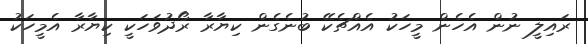
ރައިލީ ނުން އެހެން މީހަކު އެއްޗެކޭ ބުނެގެން ކިޔާރާ ރޯދުވަހަކީ ކިޔާރާ އެމީހަކު